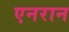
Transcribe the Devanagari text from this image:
एनरान